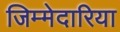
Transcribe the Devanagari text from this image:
जिम्मेदारिया